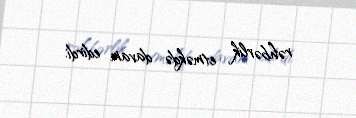
rəhbərlik etməkdə davam edirdi.